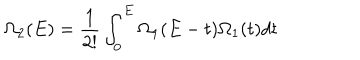
\Omega _ { 2 } ( E ) = \frac { 1 } { 2 ! } \int _ { 0 } ^ { E } \Omega _ { 1 } ( E - t ) \Omega _ { 1 } ( t ) d t